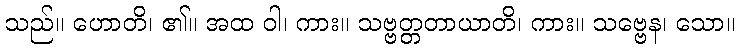
သည်။ ဟောတိ၊ ၏။ အထ ဝါ၊ ကား။ သဗ္ဗတ္တတာယာတိ၊ ကား။ သဗ္ဗေန၊ သော။